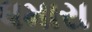
ધમારા